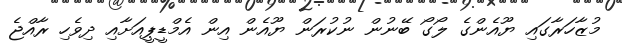
މުޒާހަރާގައި ޔޫއެންގެ ލޯގޯ ބޭނުން ނުކުރަން ޔޫއެން އިން އެމްޑީޕީއަށާއި ދިވެހި ރާއްޖެ